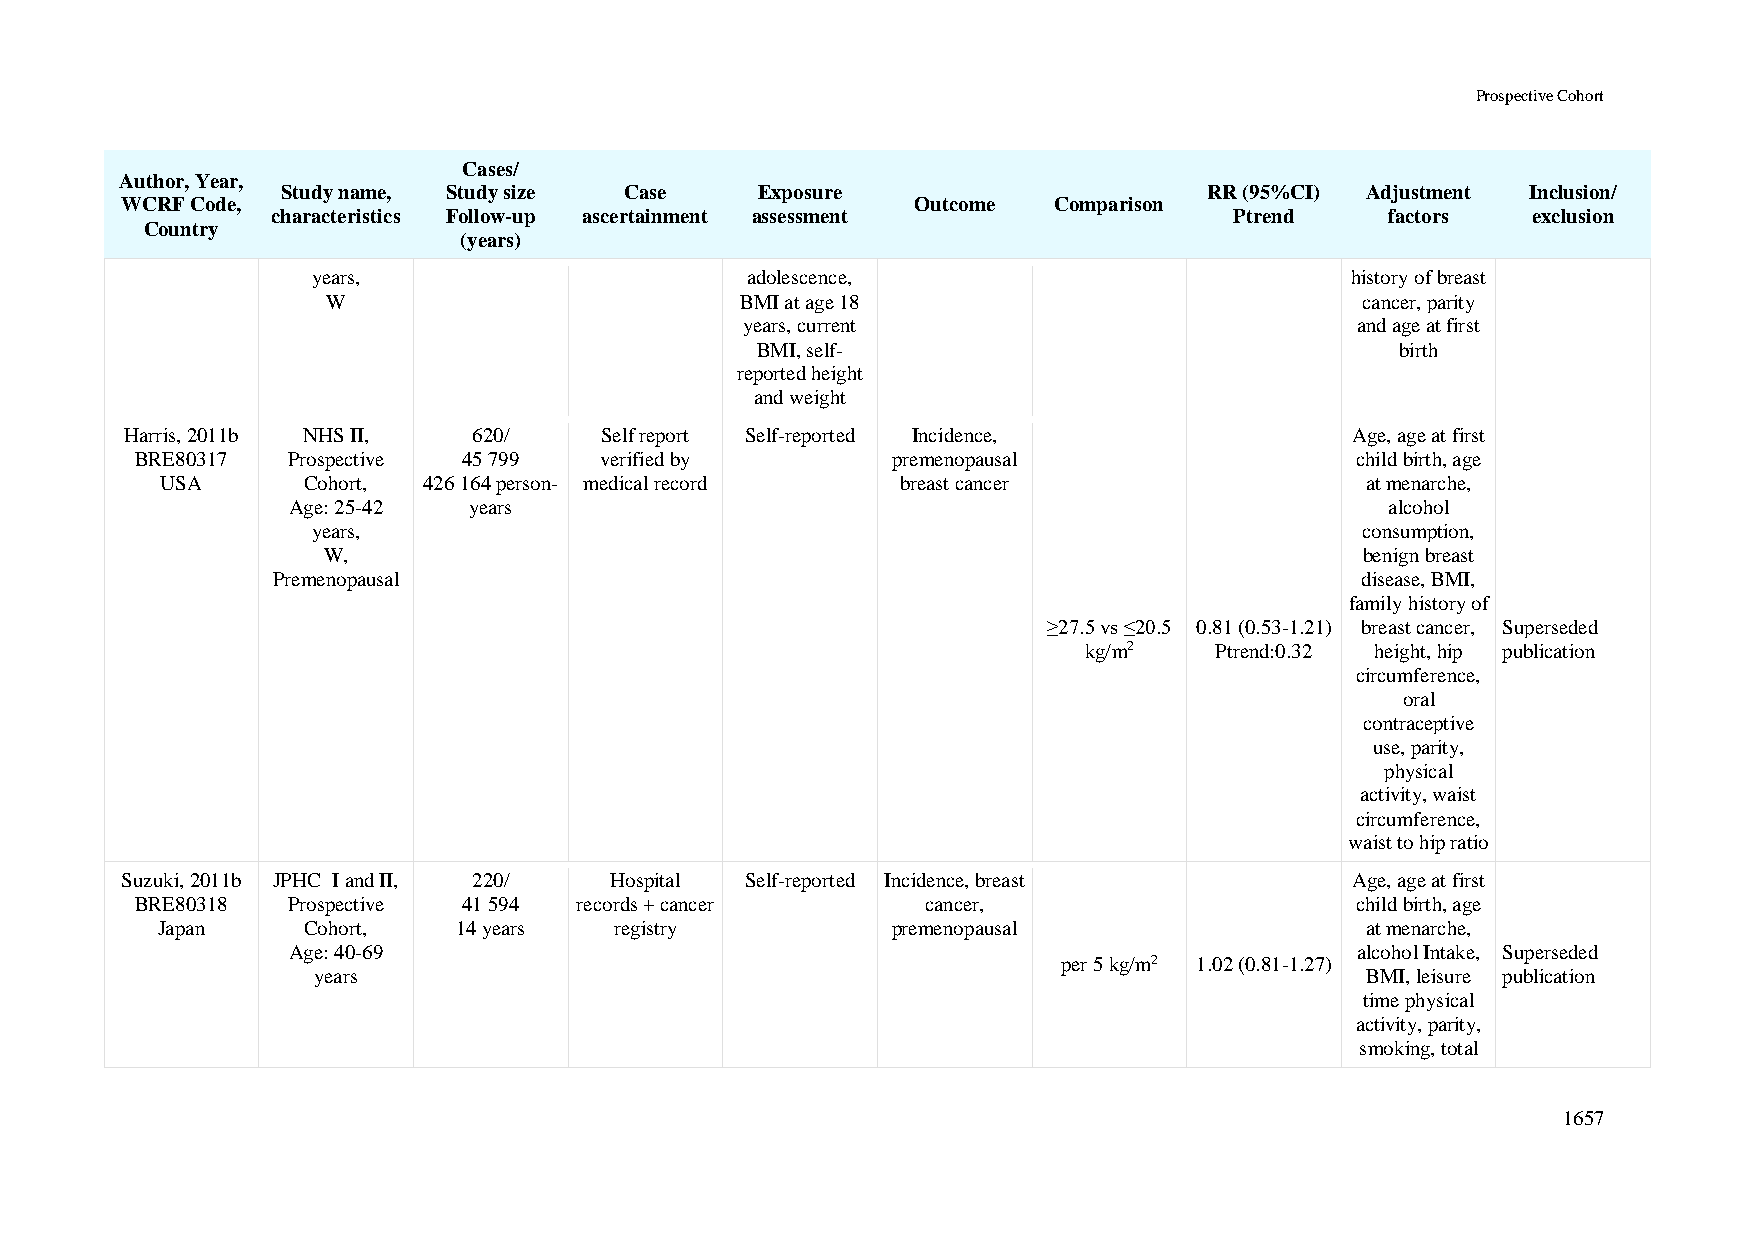
Prospective Cohort
 Cases/
 Author, Year,
 Study name, Study size Case    Exposure                      RR (95%CI) Adjustment Inclusion/
 WCRF Code,                                           Outcome  Comparison
 characteristics Follow-up ascertainment assessment              Ptrend    factors  exclusion
 Country
 (years)
 years,                      adolescence,                            history of breast
 W                          BMI at age 18                            cancer, parity
 years, current                           and age at first
 BMI, self-                                 birth
 reported height
 and weight
 Harris, 2011b NHS II,  620/     Self report Self-reported Incidence,              Age, age at first
 BRE80317  Prospective 45 799   verified by        premenopausal                  child birth, age
 USA      Cohort, 426 164 person- medical record  breast cancer                 at menarche,
 Age: 25-42  years                                                        alcohol
 years,                                                               consumption,
 W,                                                                   benign breast
 Premenopausal                                                           disease, BMI,
 family history of
 ≥27.5 vs ≤20.5 0.81 (0.53-1.21) breast cancer, Superseded
 kg/m2   Ptrend:0.32 height, hip publication
 circumference,
 oral
 contraceptive
 use, parity,
 physical
 activity, waist
 circumference,
 waist to hip ratio
 Suzuki, 2011b JPHC I and II, 220/ Hospital Self-reported Incidence, breast        Age, age at first
 BRE80318  Prospective 41 594 records + cancer       cancer,                      child birth, age
 Japan     Cohort,   14 years   registry          premenopausal                  at menarche,
 Age: 40-69                                                             alcohol Intake, Superseded
 per 5 kg/m2 1.02 (0.81-1.27)
 years                                                                BMI, leisure publication
 time physical
 activity, parity,
 smoking, total
 1657